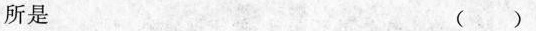
所是 ( )